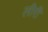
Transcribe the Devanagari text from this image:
लीरी